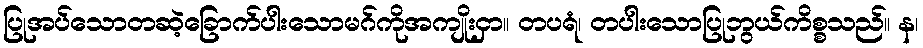
ပြုအပ်သောတဆဲ့ခြောက်ပါးသောမဂ်ကိုအကျိုးငှာ။ တပရံ၊ တပါးသောပြုဘွယ်ကိစ္စသည်။ န၊